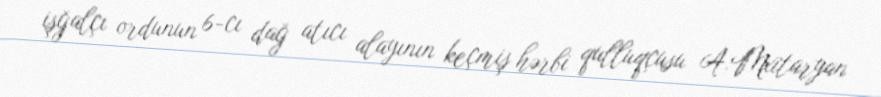
işğalçı ordunun 6-cı dağ atıcı alayının keçmiş hərbi qulluqçusu A.Mxitaryan